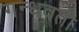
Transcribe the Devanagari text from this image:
गन्धवती